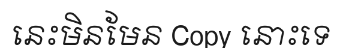
នេះមិនមែន Copy នោះទេ